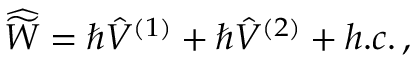
{ \widehat { \widetilde W } } = \hbar { \hat { V } } ^ { ( 1 ) } + \hbar { \hat { V } } ^ { ( 2 ) } + h . c . \, ,